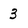
Character: 3